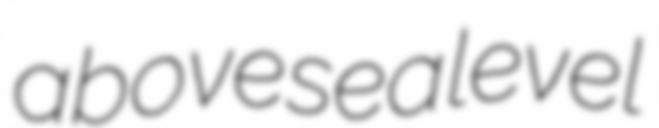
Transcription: above sea level